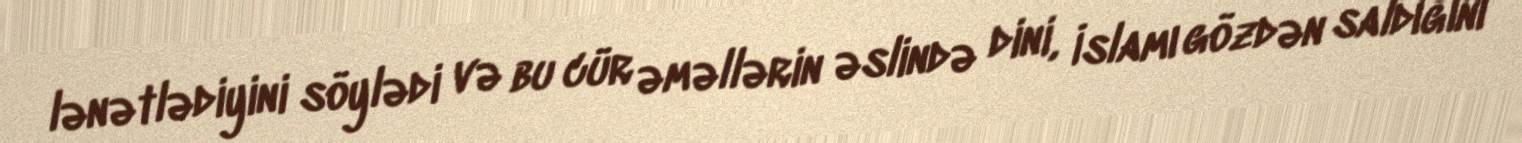
lənətlədiyini söylədi və bu cür əməllərin əslində dini, İslamı gözdən saldığını